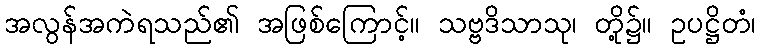
အလွန်အကဲရသည်၏ အဖြစ်ကြောင့်။ သဗ္ဗဒိသာသု၊ တို့၌။ ဥပဋ္ဌိတံ၊